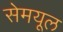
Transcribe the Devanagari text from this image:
सेमयूल